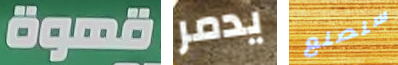
قهوة يدمر سنصنع